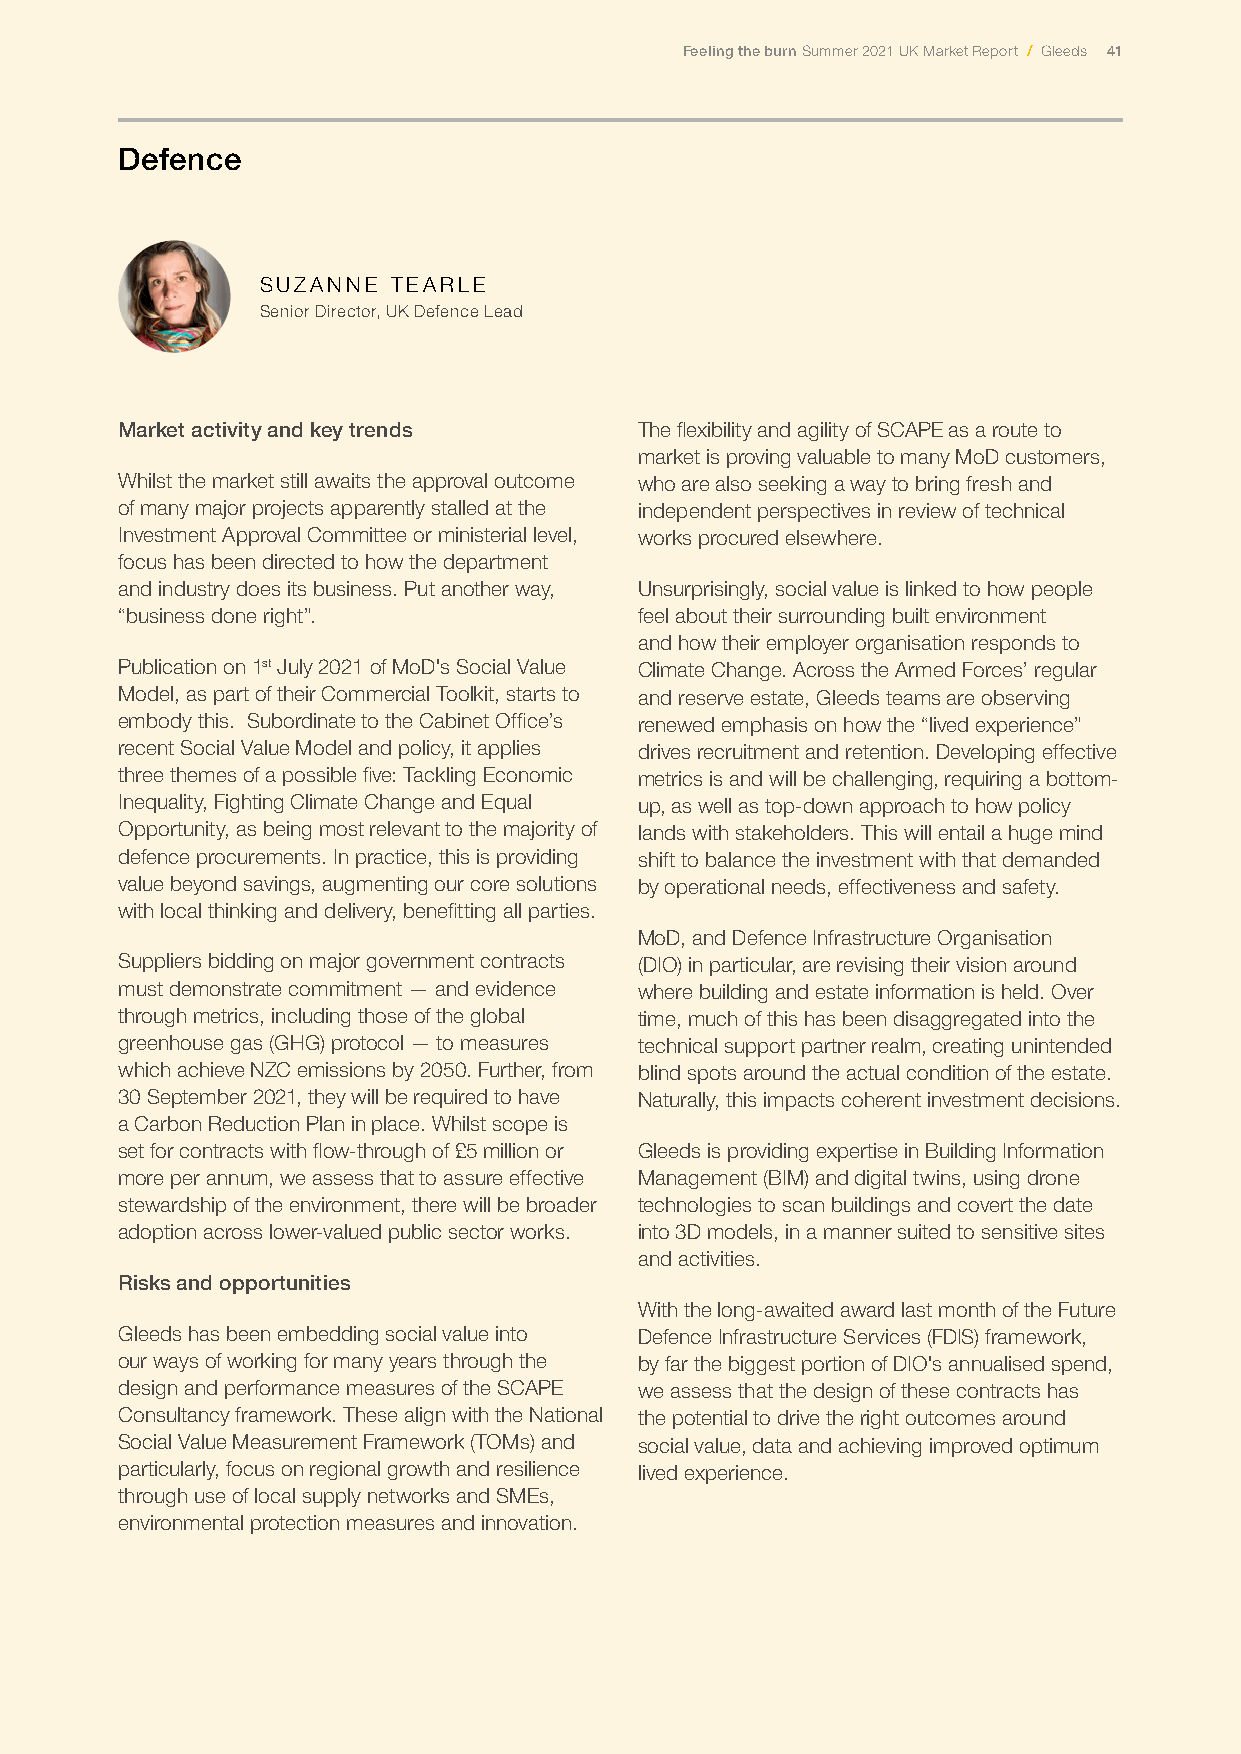
Feeling the burn Summer 2021 UK Market Report / Gleeds 41
 Defence
 SUZANNE  TEARLE
 Senior Director, UK Defence Lead
 Market activity and key trends    The flexibility and agility of SCAPE as a route to
 market is proving valuable to many MoD customers,
 Whilst the market still awaits the approval outcome who are also seeking a way to bring fresh and
 of many major projects apparently stalled at the independent perspectives in review of technical
 Investment Approval Committee or ministerial level, works procured elsewhere.
 focus has been directed to how the department
 and industry does its business. Put another way, Unsurprisingly, social value is linked to how people
 “business done right”.            feel about their surrounding built environment
 and how their employer organisation responds to
 Publication on 1st July 2021 of MoD's Social Value Climate Change. Across the Armed Forces’ regular
 Model, as part of their Commercial Toolkit, starts to and reserve estate, Gleeds teams are observing
 embody this. Subordinate to the Cabinet Office’s renewed emphasis on how the “lived experience”
 recent Social Value Model and policy, it applies drives recruitment and retention. Developing effective
 three themes of a possible five: Tackling Economic metrics is and will be challenging, requiring a bottom-
 Inequality, Fighting Climate Change and Equal up, as well as top-down approach to how policy
 Opportunity, as being most relevant to the majority of lands with stakeholders. This will entail a huge mind
 defence procurements. In practice, this is providing shift to balance the investment with that demanded
 value beyond savings, augmenting our core solutions by operational needs, effectiveness and safety.
 with local thinking and delivery, benefitting all parties.
 MoD, and Defence Infrastructure Organisation
 Suppliers bidding on major government contracts (DIO) in particular, are revising their vision around
 must demonstrate commitment — and evidence where building and estate information is held. Over
 through metrics, including those of the global time, much of this has been disaggregated into the
 greenhouse gas (GHG) protocol — to measures technical support partner realm, creating unintended
 which achieve NZC emissions by 2050. Further, from blind spots around the actual condition of the estate.
 30 September 2021, they will be required to have Naturally, this impacts coherent investment decisions.
 a Carbon Reduction Plan in place. Whilst scope is
 set for contracts with flow-through of £5 million or Gleeds is providing expertise in Building Information
 more per annum, we assess that to assure effective Management (BIM) and digital twins, using drone
 stewardship of the environment, there will be broader technologies to scan buildings and covert the date
 adoption across lower-valued public sector works. into 3D models, in a manner suited to sensitive sites
 and activities.
 Risks and opportunities
 With the long-awaited award last month of the Future
 Gleeds has been embedding social value into Defence Infrastructure Services (FDIS) framework,
 our ways of working for many years through the by far the biggest portion of DIO's annualised spend,
 design and performance measures of the SCAPE we assess that the design of these contracts has
 Consultancy framework. These align with the National the potential to drive the right outcomes around
 Social Value Measurement Framework (TOMs) and social value, data and achieving improved optimum
 particularly, focus on regional growth and resilience lived experience.
 through use of local supply networks and SMEs,
 environmental protection measures and innovation.